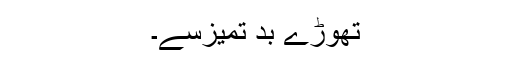
تھوڑے بد تمیزسے۔